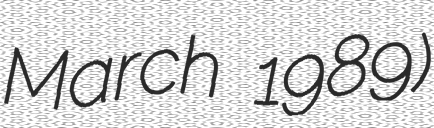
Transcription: March 1989)